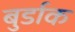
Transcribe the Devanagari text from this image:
बुर्डाक